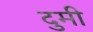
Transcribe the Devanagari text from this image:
दुमी